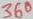
Text: 360